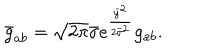
LaTeX: \bar { g } _ { a b } = \sqrt { 2 \pi } \bar { \sigma } e ^ { \frac { \bar { y } ^ { 2 } } { 2 \bar { \sigma } ^ { 2 } } } g _ { a b } .